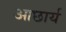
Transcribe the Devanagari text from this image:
आछार्य